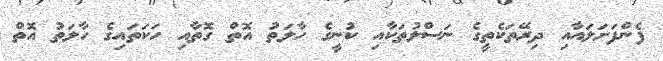
ފެންފަށަލައާއި ދިރޭތަކެތީގެ ނަސްލުތަކާއި ކުނީގެ ހާލަތު އޮތް ގޮތާއި ހަކަތައިގެ ހާލަތު އޮތް